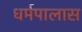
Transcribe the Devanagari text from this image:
धर्मपालास